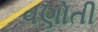
વણોતી